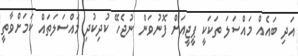
އަދި ބައެއް މައްސަލަ ތަކަކީ ޕީޖީއަށް ފޮނުވަން ނުޖެހޭ ކުދިކުދި މައްސަލަތައް ކަމަށްވާތީ